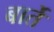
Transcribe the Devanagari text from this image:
बार्ते